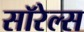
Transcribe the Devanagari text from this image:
सॉरेल्स